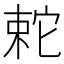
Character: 𡩆